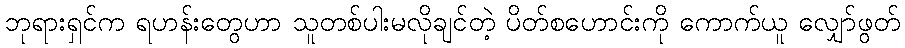
ဘုရားရှင်က ရဟန်းတွေဟာ သူတစ်ပါးမလိုချင်တဲ့ ပိတ်စဟောင်းကို ကောက်ယူ လျှော်ဖွတ်